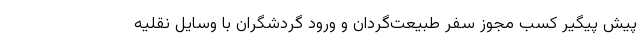
پیش پیگیر کسب مجوز سفر طبیعت‌گردان و ورود گردشگران با وسایل نقلیه